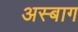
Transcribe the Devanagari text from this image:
अस्बाग